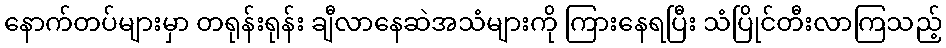
နောက်တပ်များမှာ တရုန်းရုန်း ချီလာနေဆဲအသံများကို ကြားနေရပြီး သံပြိုင်တီးလာကြသည့်